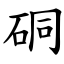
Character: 硐